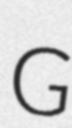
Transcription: G